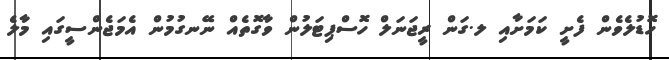
ހޮޑުލެވެން ފެށީ ކަމަށާއި ލ.ގަން ރީޖަނަލް ހޮސްޕިޓަލުން ވާގޮތެއް ނޭނގުމުން އެމަޖެންސީގައި މާލެ